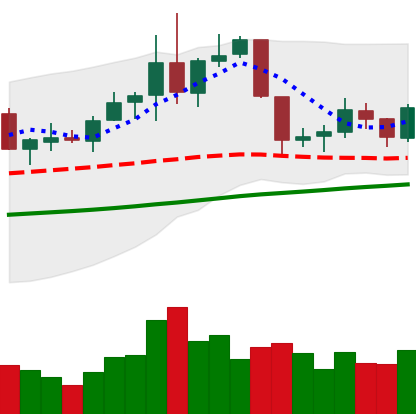
Ticker: NEO-USD
Chart end date: 2019-06-10
Forward return: 13.69%
Label: up_7plus